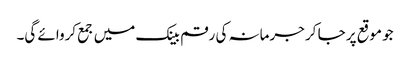
جو موقع پر جا کر جرمانہ کی رقم بینک میں جمع کروائے گی۔